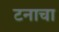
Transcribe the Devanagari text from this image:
टनाचा